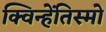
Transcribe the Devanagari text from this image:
क्विन्हेंतिस्मो